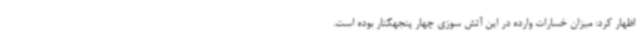
اظهار کرد: میزان خسارات وارده در این آتش سوزی چهار پنجهکتار بوده است.